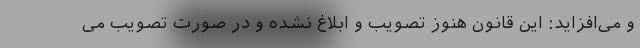
و می‌افزاید: این قانون هنوز تصویب و ابلاغ نشده و در صورت تصویب می